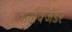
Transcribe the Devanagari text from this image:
अलैक्जैंडर